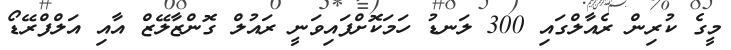
މީގެ ކުރިން ރެއާލްގައި 300 ލަނޑު ހަަމަކޮށްފައިވަނީ ރައުލް ގޮންޒާލޭޒް އާއި އަލްފްރޭޑޯ